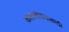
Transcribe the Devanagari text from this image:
कलाजीवनासाठी